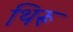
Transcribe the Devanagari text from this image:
थिरू